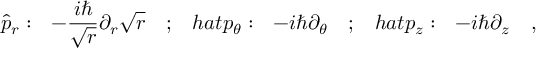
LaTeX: \hat { p } _ { r } : \ \ - \frac { i \hbar } { \sqrt { r } } \partial _ { r } \sqrt { r } \ \ \ ; \ \ \, h a t { p } _ { \theta } : \ \ - i \hbar \partial _ { \theta } \ \ \ ; \ \ \, h a t { p } _ { z } : \ \ - i \hbar \partial _ { z } \ \ \ ,